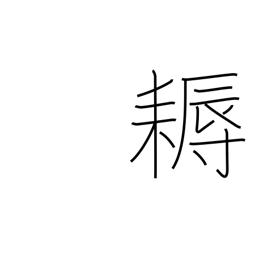
Meaning: hoe